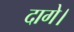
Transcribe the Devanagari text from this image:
दागे।